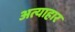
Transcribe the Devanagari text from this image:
अत्याहार